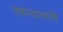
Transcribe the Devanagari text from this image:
एकादश्यांचे